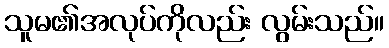
သူမ၏အလုပ်ကိုလည်း လွမ်းသည်။